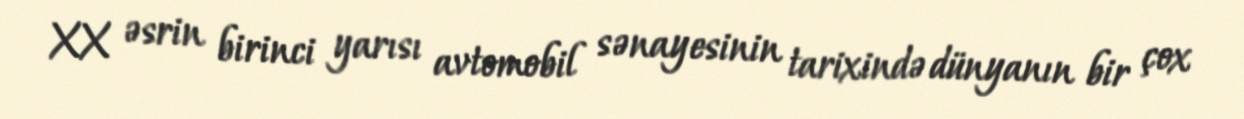
XX əsrin birinci yarısı avtomobil sənayesinin tarixində dünyanın bir çox